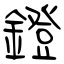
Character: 鐙